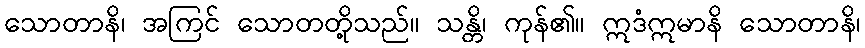
သောတာနိ၊ အကြင် သောတတို့သည်။ သန္တိ၊ ကုန်၏။ ဣဒံဣမာနိ သောတာနိ၊